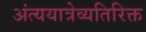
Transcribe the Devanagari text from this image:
अंत्ययात्रेव्यतिरिक्त